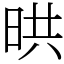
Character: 晎